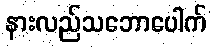
နားလည်သဘောပေါက်